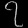
Digit: ၇